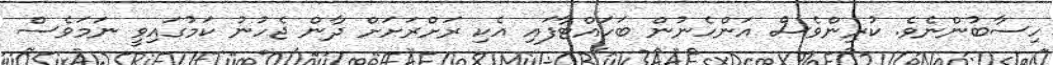
ހިސާބުންނެވެ. ކުރިންވެސް އަންހެނުން ބަހައްޓާފައި އެކި ރަށްރަށަށް ދާން ޖެހުނު ކަމުގައިވީ ނަމަވެސް